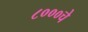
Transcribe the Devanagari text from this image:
८०००चे